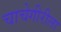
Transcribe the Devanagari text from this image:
चाचेगीरीला